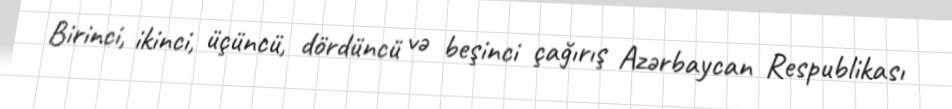
Birinci, ikinci, üçüncü, dördüncü və beşinci çağırış Azərbaycan Respublikası